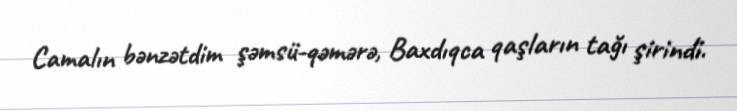
Camalın bənzətdim şəmsü-qəmərə, Baxdıqca qaşların tağı şirindi.